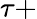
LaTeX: \tau+